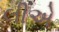
લીએ